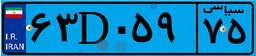
۶۳D۰۵۹۷۵